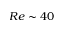
R e \sim 4 0